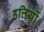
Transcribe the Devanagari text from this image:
हत्तियों